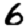
Digit: 6